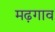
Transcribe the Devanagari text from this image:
मढ़गाव